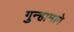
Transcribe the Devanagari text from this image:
गुन्हामागे